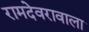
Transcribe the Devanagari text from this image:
रामदेवरावाला